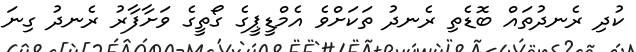
ކުދި ރެނދުތައް ބޮޑެތި ރެނދު ތަކަށްވެ އެމްޑީޕީގެ ގޯތީގެ ވަށާފާރު ރެނދު ގިނަ